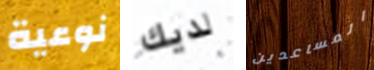
نوعية لديك المساعدين